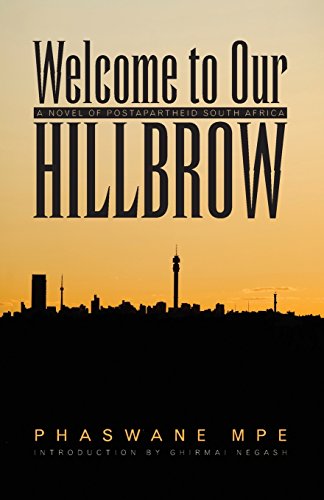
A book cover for Welcome to Our Hillbrow: A Novel of Postapartheid South Africa; Phaswane Mpe; Literature & Fiction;